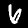
Label: 6